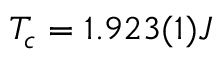
T _ { c } = 1 . 9 2 3 ( 1 ) J